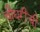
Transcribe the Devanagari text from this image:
चौधरींची